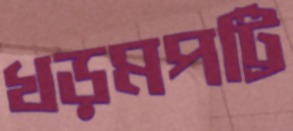
খড়মপট্টি